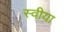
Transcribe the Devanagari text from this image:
स्वीया